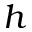
h